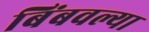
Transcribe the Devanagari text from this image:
बिंबवल्या